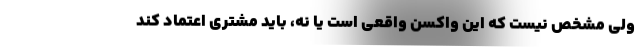
ولی مشخص نیست که این واکسن واقعی است یا نه، باید مشتری اعتماد کند